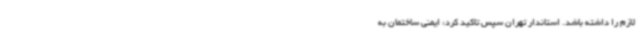
لازم را داشته باشد. استاندار تهران سپس تاکید کرد: ایمنی ساختمان به